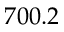
7 0 0 . 2